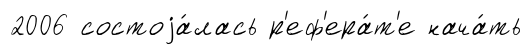
2006 состоjа́лась р'еф'ера́т'е нача́ть